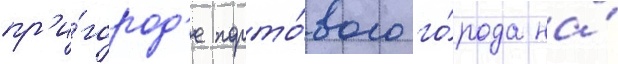
пр'и́город'е порто́вого го́рода на́